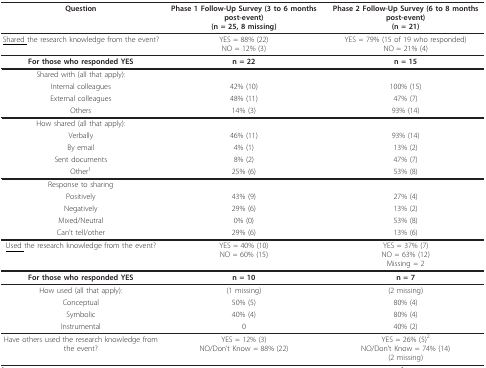
<table><thead><tr><td><b>Question</b></td><td><b>Phase 1 Follow-Up Survey (3 to 6 months post-event)(n = 25, 8 missing)</b></td><td><b>Phase 2 Follow-Up Survey (6 to 8 months post-event)(n = 21)</b></td></tr></thead><tbody><tr><td><underline>Shared </underline>the research knowledge from the event?</td><td>YES = 88% (22)NO = 12% (3)</td><td>YES = 79% (15 of 19 who responded)NO = 21% (4)</td></tr><tr><td><b>For those who responded YES</b></td><td><b>n = 22</b></td><td><b>n = 15</b></td></tr><tr><td>Shared with (all that apply):</td><td></td><td></td></tr><tr><td>Internal colleagues</td><td>42% (10)</td><td>100% (15)</td></tr><tr><td>External colleagues</td><td>48% (11)</td><td>47% (7)</td></tr><tr><td>Others</td><td>14% (3)</td><td>93% (14)</td></tr><tr><td>How shared (all that apply):</td><td></td><td></td></tr><tr><td>Verbally</td><td>46% (11)</td><td>93% (14)</td></tr><tr><td>By email</td><td>4% (1)</td><td>13% (2)</td></tr><tr><td>Sent documents</td><td>8% (2)</td><td>47% (7)</td></tr><tr><td>Other<sup>1</sup></td><td>25% (6)</td><td>53% (8)</td></tr><tr><td>Response to sharing</td><td></td><td></td></tr><tr><td>Positively</td><td>43% (9)</td><td>27% (4)</td></tr><tr><td>Negatively</td><td>29% (6)</td><td>13% (2)</td></tr><tr><td>Mixed/Neutral</td><td>0% (0)</td><td>53% (8)</td></tr><tr><td>Can&#x27;t tell/other</td><td>29% (6)</td><td>13% (6)</td></tr><tr><td><underline>Used </underline>the research knowledge from the event?</td><td>YES = 40% (10)NO = 60% (15)</td><td>YES = 37% (7)NO = 63% (12)Missing = 2</td></tr><tr><td><b>For those who responded YES</b></td><td><b>n = 10</b></td><td><b>n = 7</b></td></tr><tr><td>How used (all that apply):</td><td>(1 missing)</td><td>(2 missing)</td></tr><tr><td>Conceptual</td><td>50% (5)</td><td>80% (4)</td></tr><tr><td>Symbolic</td><td>40% (4)</td><td>80% (4)</td></tr><tr><td>Instrumental</td><td>0</td><td>40% (2)</td></tr><tr><td>Have others used the research knowledge from the event?</td><td>YES = 12% (3)NO/Don&#x27;t Know = 88% (22)</td><td>YES = 26% (5)<sup>2</sup>NO/Don&#x27;t Know = 74% (14)(2 missing)</td></tr></tbody></table>